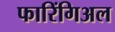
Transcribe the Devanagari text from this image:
फारिंगिअल